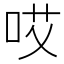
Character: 哎